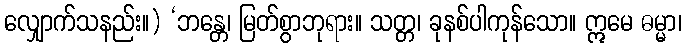
လျှောက်သနည်း။) ‘ဘန္တေ၊ မြတ်စွာဘုရား။ သတ္တ၊ ခုနစ်ပါကုန်သော။ ဣမေ ဓမ္မာ၊